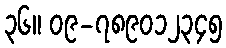
၃၆။ ၀၉-၇၈၉၀၁၂၃၄၅